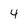
Character: 4